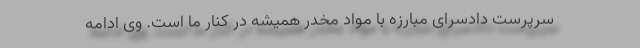
سرپرست دادسرای مبارزه با مواد مخدر همیشه در کنار ما است. وی ادامه